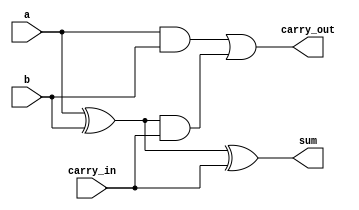
module adder(
    input a,
    input b,
    input carry_in,
    output sum,
    output carry_out
);

assign sum = (a ^ b) ^ carry_in;
assign carry_out = (a & b) | ((a ^ b) & carry_in);

endmodule